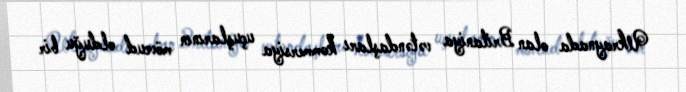
Ukraynada olan Britaniya vətəndaşları kommersiya uçuşlarının mövcud olduğu bir